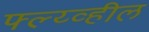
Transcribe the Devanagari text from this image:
फ्ल्य्व्हील